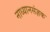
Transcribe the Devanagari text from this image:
नाध्यानसंज्ञक